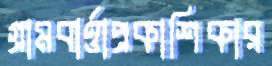
গ্রামবার্ত্তাপ্রকাশিকার